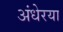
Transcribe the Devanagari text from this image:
अंधेरया